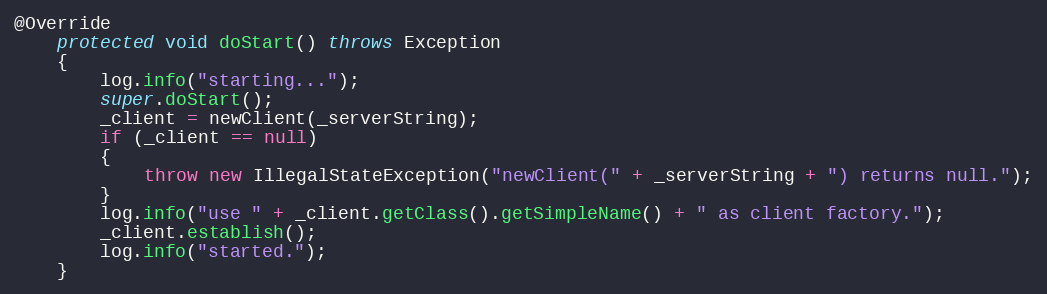
Language: Java
@Override
    protected void doStart() throws Exception
    {
        log.info("starting...");
        super.doStart();
        _client = newClient(_serverString);
        if (_client == null)
        {
            throw new IllegalStateException("newClient(" + _serverString + ") returns null.");
        }
        log.info("use " + _client.getClass().getSimpleName() + " as client factory.");
        _client.establish();
        log.info("started.");
    }